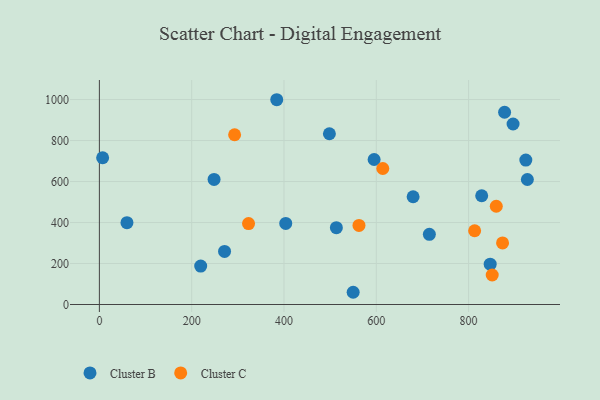
{"axis": {"x": "Investment", "y": "Demand"}, "legend": ["Cluster B", "Cluster C"], "data": [{"x": "219.5", "y": 187.6, "type": "Cluster B"}, {"x": "679.8", "y": 525.6, "type": "Cluster B"}, {"x": "498.4", "y": 833.0, "type": "Cluster B"}, {"x": "927.4", "y": 609.9, "type": "Cluster B"}, {"x": "403.8", "y": 395.5, "type": "Cluster B"}, {"x": "513.5", "y": 374.7, "type": "Cluster B"}, {"x": "248.5", "y": 610.1, "type": "Cluster B"}, {"x": "846.8", "y": 196.7, "type": "Cluster B"}, {"x": "271.2", "y": 258.9, "type": "Cluster B"}, {"x": "7.0", "y": 716.0, "type": "Cluster B"}, {"x": "595.3", "y": 707.3, "type": "Cluster B"}, {"x": "896.4", "y": 880.5, "type": "Cluster B"}, {"x": "59.7", "y": 399.4, "type": "Cluster B"}, {"x": "924.0", "y": 704.6, "type": "Cluster B"}, {"x": "384.3", "y": 999.0, "type": "Cluster B"}, {"x": "715.0", "y": 342.4, "type": "Cluster B"}, {"x": "549.9", "y": 59.7, "type": "Cluster B"}, {"x": "828.4", "y": 530.5, "type": "Cluster B"}, {"x": "878.0", "y": 937.8, "type": "Cluster B"}, {"x": "562.5", "y": 385.6, "type": "Cluster C"}, {"x": "614.1", "y": 663.6, "type": "Cluster C"}, {"x": "851.2", "y": 143.9, "type": "Cluster C"}, {"x": "860.0", "y": 479.3, "type": "Cluster C"}, {"x": "323.2", "y": 395.0, "type": "Cluster C"}, {"x": "813.1", "y": 359.8, "type": "Cluster C"}, {"x": "873.6", "y": 300.3, "type": "Cluster C"}, {"x": "293.0", "y": 828.2, "type": "Cluster C"}]}